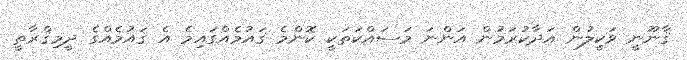
ޤާނޫނީ ވަކީލުން އަދާކުރަމުން އަންނަ މަސައްކަތަކީ ކޮންމެ ޤައުމެއްގައިމެ އެ ޤައުމެއްގެ ދީމިޤްރާޠީ